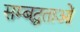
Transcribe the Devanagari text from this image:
सम्बद्धताओं